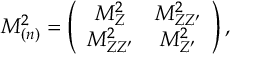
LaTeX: { \cal M } _ { ( n ) } ^ { 2 } = \left( \begin{array} { c c } { { M _ { Z } ^ { 2 } } } & { { M _ { Z Z ^ { \prime } } ^ { 2 } } } \\ { { M _ { Z Z ^ { \prime } } ^ { 2 } } } & { { M _ { Z ^ { \prime } } ^ { 2 } } } \end{array} \right) ,